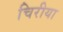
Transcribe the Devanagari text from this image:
चिरीया